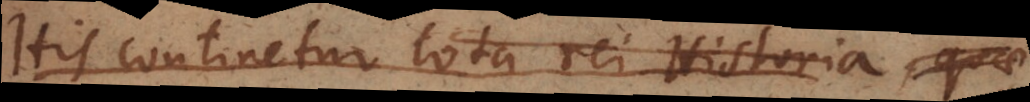
His continetur tota rei Historia, quae